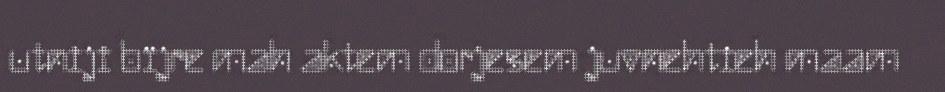
utniji bïjre mah aktem dorjesem juvnehtieh maam